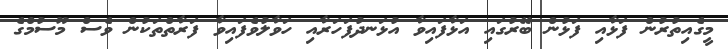
މީގެއިތުރުން ފަޅާއި ފަޅުން ބޭރުގައި އަޅާފައިވާ އުޅަނދުފަހަރާއި ހަވާލުވެފައިވާ ފަރާތްތަކުން ވެސް މޫސުމްގެ